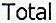
TOTAL